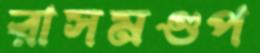
রাসমণ্ডপ